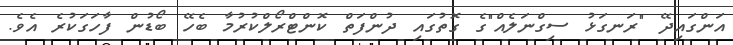
އަންގައިދޭ "ރަނގަޅު ސިގްނަލެއް"ގެ ގޮތުގައި ދުންފަތް ކޮންޓްރޯލްކުރުމާ ބެހޭ ބޯޑުން ފާހަގަކުރެ އެވެ.